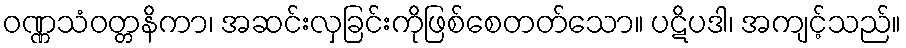
ဝဏ္ဏသံဝတ္တနိကာ၊ အဆင်းလှခြင်းကိုဖြစ်စေတတ်သော။ ပဋိပဒါ၊ အကျင့်သည်။